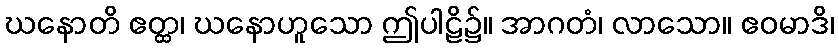
ဃနောတိ ဧတ္ထ၊ ဃနောဟူသော ဤပါဠိ၌။ အာဂတံ၊ လာသော။ ဧဝမာဒိ၊